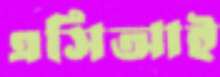
এসিআই